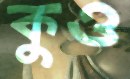
কুও